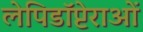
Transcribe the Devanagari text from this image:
लेपिडॉप्टेराओं